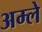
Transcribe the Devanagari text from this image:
अम्‍ले